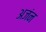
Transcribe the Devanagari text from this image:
अजंन